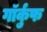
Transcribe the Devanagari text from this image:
गॉर्कुफ